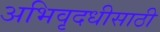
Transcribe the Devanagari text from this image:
अभिवृदधीसाठी